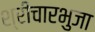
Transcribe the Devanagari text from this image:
श्रीचारभुजा